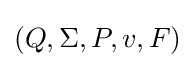
(Q,\Sigma ,P,v,F)